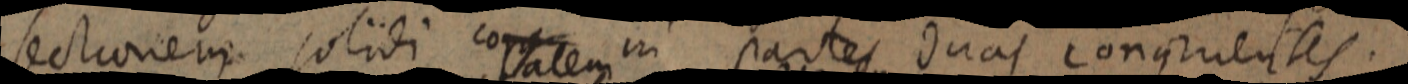
sectionem solidi co_ in partes duas congruentes.